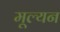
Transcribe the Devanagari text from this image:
मूल्‍यन